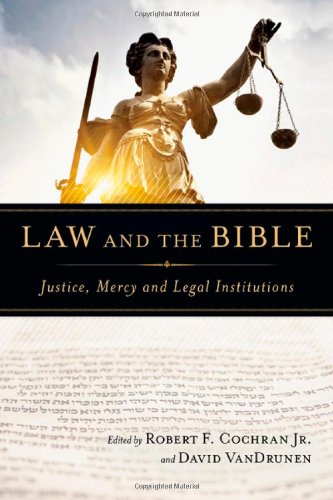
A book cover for Law and the Bible: Justice, Mercy and Legal Institutions; Law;